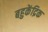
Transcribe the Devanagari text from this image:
बहुकेंद्रिक